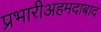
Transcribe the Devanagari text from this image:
प्रभारीअहमदाबाद